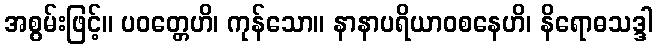
အစွမ်းဖြင့်။ ပဝတ္တေဟိ၊ ကုန်သော။ နာနာပရိယာဝစနေဟိ၊ နိရောဓသဒ္ဒါ